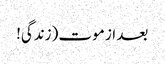
بعد از موت (زندگی!